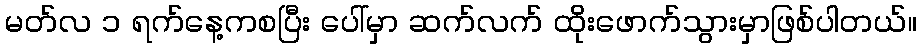
မတ်လ ၁ ရက်နေ့ကစပြီး ပေါ်မှာ ဆက်လက် ထိုးဖောက်သွားမှာဖြစ်ပါတယ်။